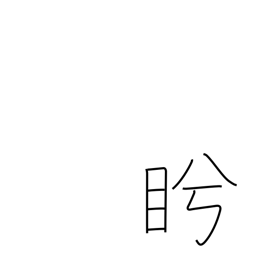
Meaning: glare at